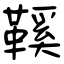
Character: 鞵